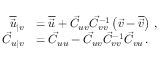
\begin{array} { r l } { \overline { { \vec { u } } } _ { \vert v } } & { = \overline { { \vec { u } } } + \vec { C } _ { u v } \vec { C } _ { v v } ^ { - 1 } \left( \vec { v } - \overline { { \vec { v } } } \right) \, , } \\ { \vec { C } _ { u \vert v } } & { = \vec { C } _ { u u } - \vec { C } _ { u v } \vec { C } _ { v v } ^ { - 1 } \vec { C } _ { v u } \, . } \end{array}